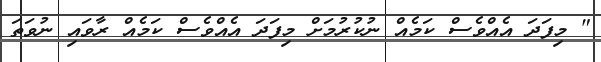
" މިފަދަ އެއްވެސް ކަމެއް ނުކުރުމަށް މިފަދަ އެއްވެސް ކަމެއް ރާވައި ނުވަތަ